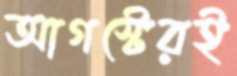
আগস্টেরই